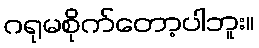
ဂရုမစိုက်တော့ပါဘူး။